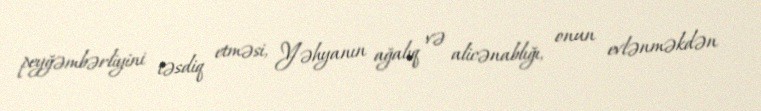
peyğəmbərliyini təsdiq etməsi, Yəhyanın ağalıq və alicənablığı, onun evlənməkdən